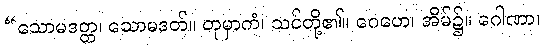
“သောမဒတ္တ၊ သောမဒတ်။ တုမှာကံ၊ သင်တို့၏။ ဂေဟေ၊ အိမ်၌။ ဂေါဏာ၊